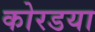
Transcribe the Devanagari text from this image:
कोरडया